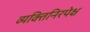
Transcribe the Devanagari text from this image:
व्यक्तिनिरपेक्ष